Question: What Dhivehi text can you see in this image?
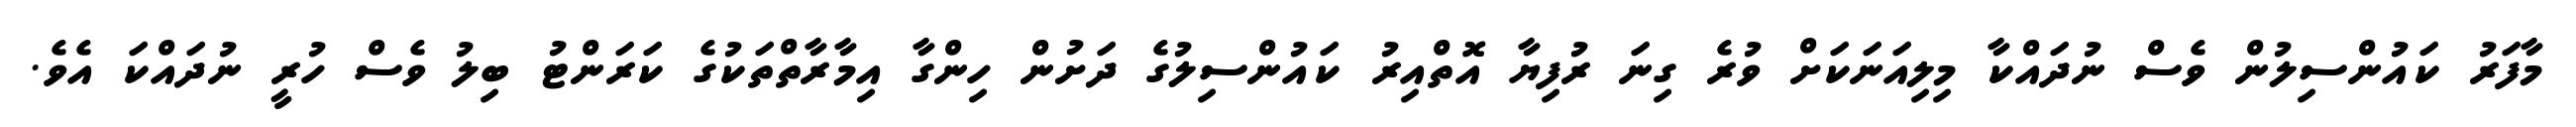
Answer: މާފަރު ކައުންސިލުން ވެސް ނުދައްކާ މިލިއަނަކަށް ވުރެ ގިނަ ރުފިޔާ އޮތްއިރު ކައުންސިލުގެ ދަށުން ހިންގާ އިމާރާތްތަކުގެ ކަރަންޓު ބިލު ވެސް ހުރީ ނުދައްކަ އެވެ.